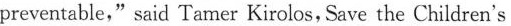
preventable," said Tamer Kirolos, Save the Children's